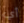
أي